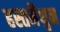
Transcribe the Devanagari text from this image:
हस्‍तमैथुन